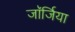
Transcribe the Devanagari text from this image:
जाॅर्जिया